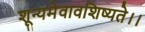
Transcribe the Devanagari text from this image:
शून्यमेवावशिष्यते।।